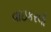
વાઇકરલી